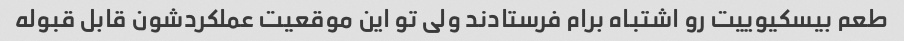
طعم بیسکیوییت رو اشتباه برام فرستادند ولی تو این موقعیت عملکردشون قابل قبوله